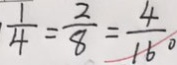
\frac { 1 } { 4 } = \frac { 2 } { 8 } = \frac { 4 } { 1 6 0 }